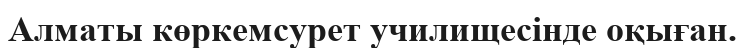
Алматы көркемсурет училищесінде оқыған.